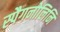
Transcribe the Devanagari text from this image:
स्पैगनोलिनि